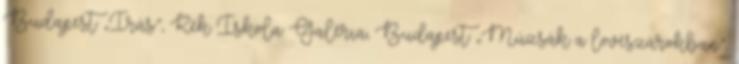
Budapest „Írás”, Kék Iskola Galéria, Budapest „Múzsák a lövészárokban”,